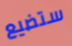
ستضيع